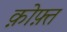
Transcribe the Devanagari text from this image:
क़ोफ़्त